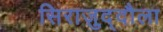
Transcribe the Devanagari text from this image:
सिराज़ुद्दौला